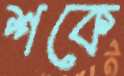
শকে